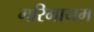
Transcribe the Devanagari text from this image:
गरिमायम